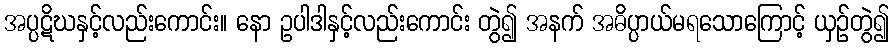
အပ္ပဋိဃနှင့်လည်းကောင်း။ နော ဥပါဒါနှင့်လည်းကောင်း တွဲ၍ အနက် အဓိပ္ပာယ်မရသောကြောင့် ယှဉ်တွဲ၍